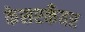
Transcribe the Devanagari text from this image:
केसरकँवर